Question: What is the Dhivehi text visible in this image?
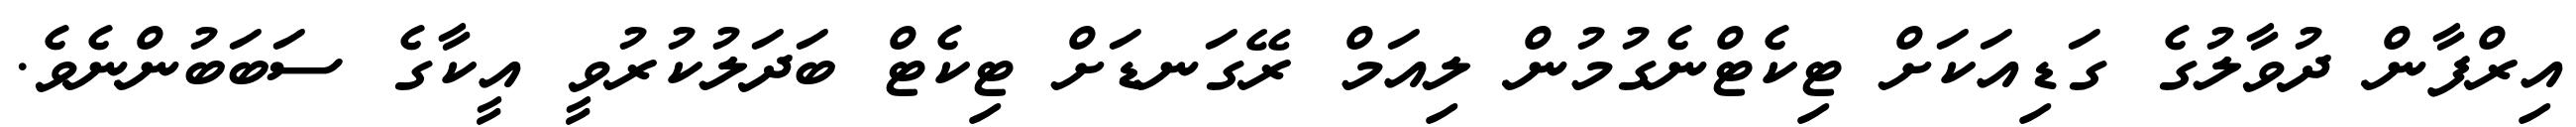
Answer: އިރްފާން ދުވާލުގެ ގަޑިއަކަށް ޓިކެޓްނެގުމުން ލިއަމް ރޭގަނޑަށް ޓިކެޓް ބަދަލުކުރުވީ އީކާގެ ސަބަބުންނެވެ.